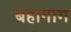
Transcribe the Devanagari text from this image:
बहानाग